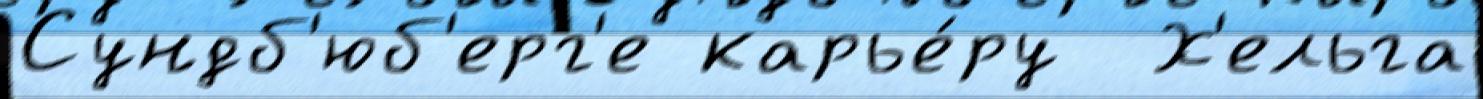
Сундб'юб'ерг'е карье́ру  Х'ельга